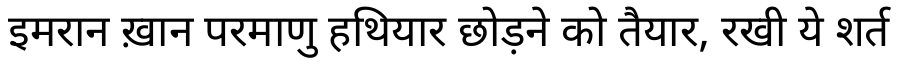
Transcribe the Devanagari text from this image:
इमरान ख़ान परमाणु हथियार छोड़ने को तैयार, रखी ये शर्त